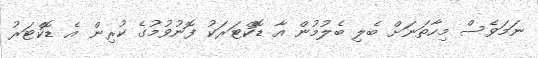
ނަމަވެސް މިހާތަނަށް ބެލި ބެލުމުން އާ ޑޮކްޓަރަކު ފޮނުވުމުގެ ކުރިން އެ ޑޮކްޓަރު